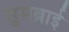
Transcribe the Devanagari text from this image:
सुमब्राई